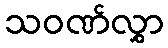
သဝဏ်လွှာ